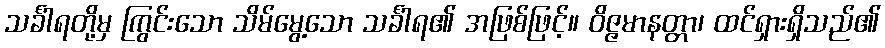
သင်္ခါရတို့မှ ကြွင်းသော သိမ်မွေ့သော သင်္ခါရ၏ အဖြစ်ဖြင့်။ ဝိဇ္ဇမာနတ္တာ၊ ထင်ရှားရှိသည်၏